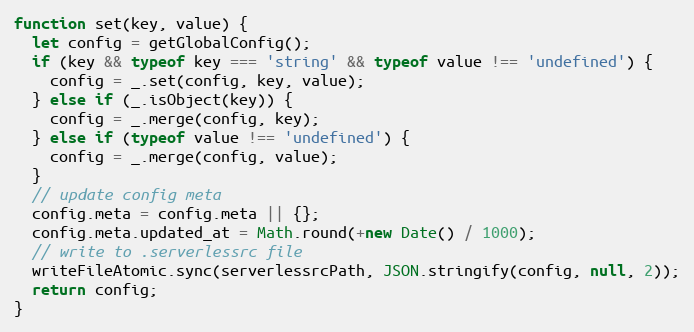
Language: JavaScript
function set(key, value) {
  let config = getGlobalConfig();
  if (key && typeof key === 'string' && typeof value !== 'undefined') {
    config = _.set(config, key, value);
  } else if (_.isObject(key)) {
    config = _.merge(config, key);
  } else if (typeof value !== 'undefined') {
    config = _.merge(config, value);
  }
  // update config meta
  config.meta = config.meta || {};
  config.meta.updated_at = Math.round(+new Date() / 1000);
  // write to .serverlessrc file
  writeFileAtomic.sync(serverlessrcPath, JSON.stringify(config, null, 2));
  return config;
}